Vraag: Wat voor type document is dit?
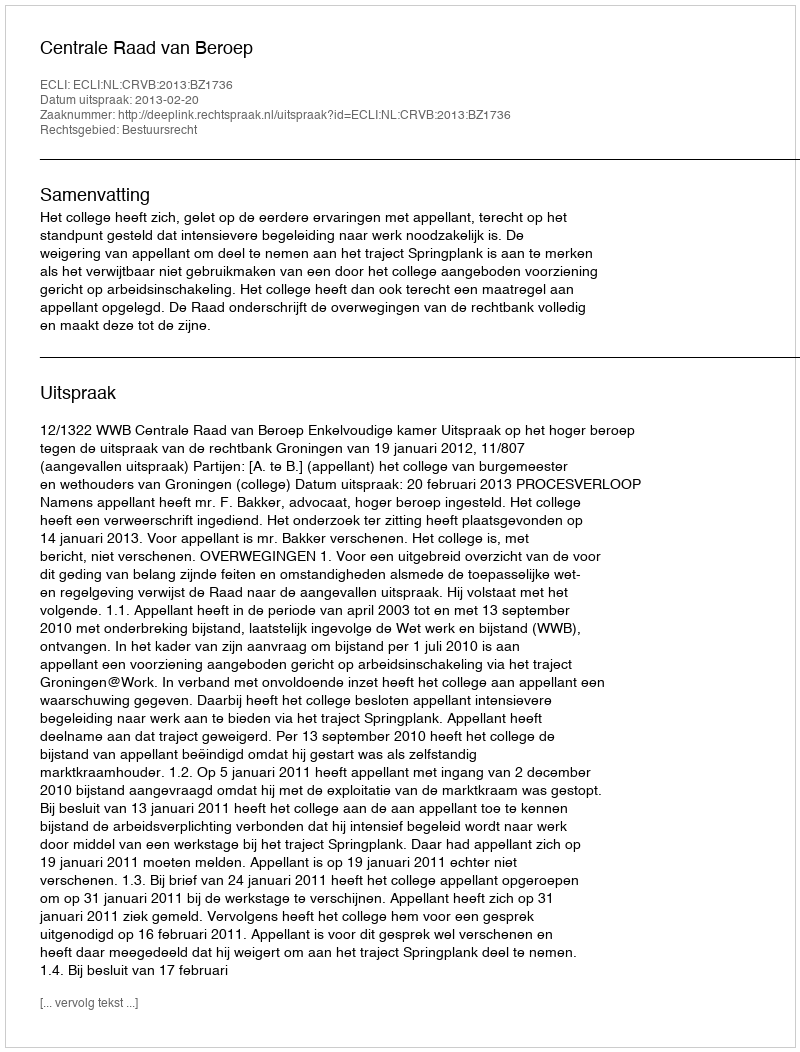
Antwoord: Uitspraak